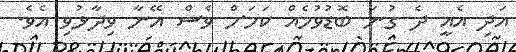
އަދި އެއީ ދެ ގުނަ ބޮޑުވުމެއް ކަމަށް ވެސް އޭނާ ވިދާޅުވި އެވެ.